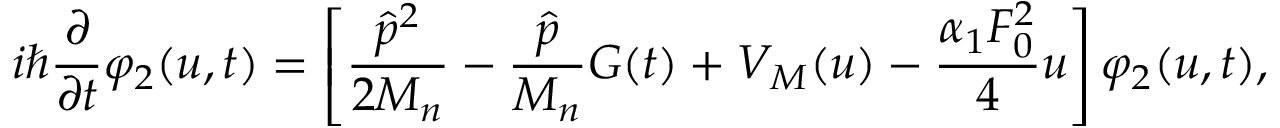
i \hbar \frac { \partial } { \partial t } \varphi _ { 2 } ( u , t ) = \left[ \frac { \hat { p } ^ { 2 } } { 2 M _ { n } } - \frac { \hat { p } } { M _ { n } } G ( t ) + V _ { M } ( u ) - \frac { \alpha _ { 1 } F _ { 0 } ^ { 2 } } { 4 } u \right] \varphi _ { 2 } ( u , t ) ,